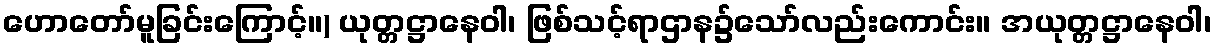
ဟောတော်မူခြင်းကြောင့်။) ယုတ္တဋ္ဌာနေဝါ၊ ဖြစ်သင့်ရာဌာန၌သော်လည်းကောင်း။ အယုတ္တဋ္ဌာနေဝါ၊